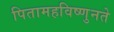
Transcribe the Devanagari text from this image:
पितामहविष्णुनते